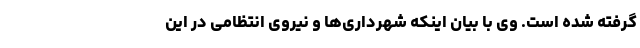
گرفته شده است. وی با بیان اینکه شهرداری‌ها و نیروی انتظامی در این